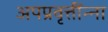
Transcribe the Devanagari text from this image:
अपप्रवृत्तींन्ना